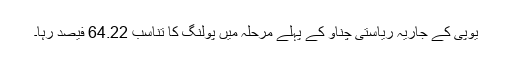
یوپی کے جاریہ ریاستی چناؤ کے پہلے مرحلہ میں پولنگ کا تناسب 64.22 فیصد رہا۔